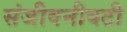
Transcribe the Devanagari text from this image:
संजीवनीवटी